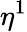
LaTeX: \eta^{1}